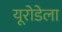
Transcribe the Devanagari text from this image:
यूरोडेला